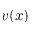
v ( x )